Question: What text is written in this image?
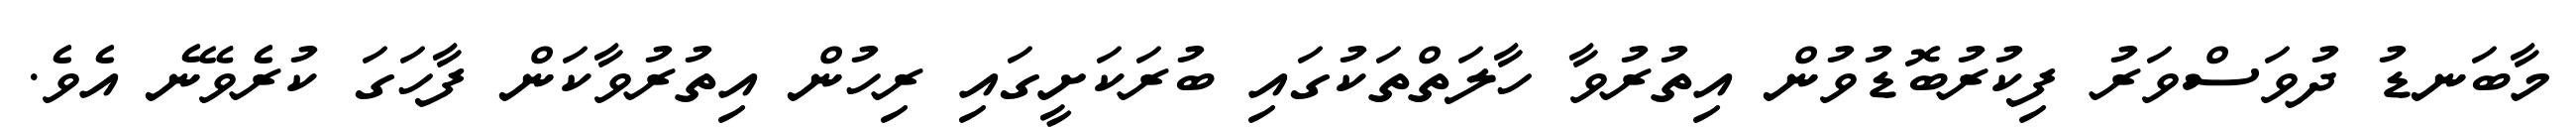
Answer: މާބަނޑު ދުވަސްވަރު ފިކުރުބޮޑުވުން އިތުރުވާ ހާލަތްތަކުގައި ބުރަކަށީގައި ރިހުން އިތުރުވާކަން ފާހަގަ ކުރެވޭނެ އެވެ.